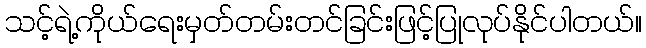
သင့်ရဲ့ကိုယ်ရေးမှတ်တမ်းတင်ခြင်းဖြင့်ပြုလုပ်နိုင်ပါတယ်။